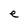
Character: e